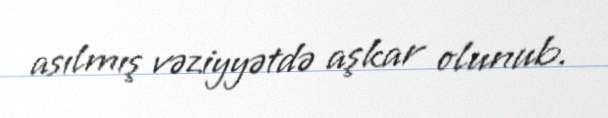
asılmış vəziyyətdə aşkar olunub.